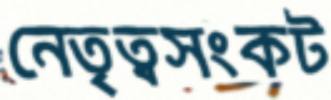
নেতৃত্বসংকট